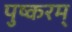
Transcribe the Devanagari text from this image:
पुष्करम्‌